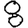
Digit: 8